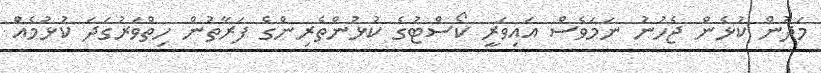
މަދުން ކުޅެން ޖެހުނު ނަމަވެސް އައިވަރީ ކޯސްޓުގެ ކުޅުންތެރިންގެ ފަރާތުން ހިތްވަރުގަދަ ކުޅުމެއް